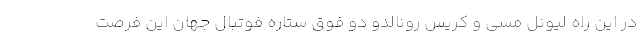
در این راه لیونل مسی و کریس رونالدو دو فوق ستاره فوتبال جهان این فرصت